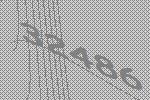
32486